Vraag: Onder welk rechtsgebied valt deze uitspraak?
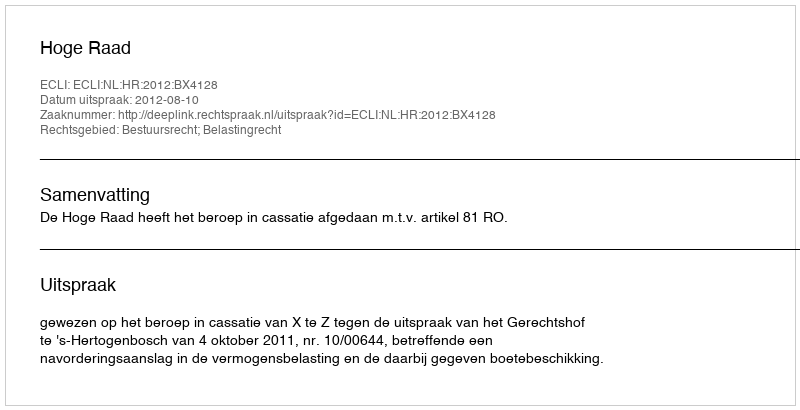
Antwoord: Bestuursrecht; Belastingrecht